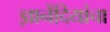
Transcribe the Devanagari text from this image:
ज्ञानेंदियांचा